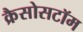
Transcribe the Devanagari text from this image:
क्रैसोसटॉम